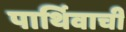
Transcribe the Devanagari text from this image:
पार्थिवाची